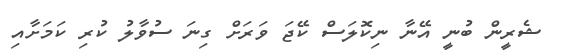
ޝެރީން ބުނީ އޭނާ ނިކޮލަސް ކޭޖަ ވަރަށް ގިނަ ސުވާލު ކުރި ކަމަށާއި